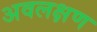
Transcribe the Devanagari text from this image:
अवलक्षण